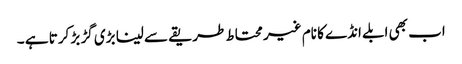
اب بھی ابلے انڈے کا نام غیر محتاط طریقے سے لینا بڑی گڑ بڑ کرتا ہے ۔